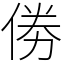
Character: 𠉮